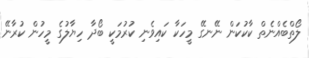
ލޯތްބެއްނެތް ކާކުކަން ނޭނގޭ މީހަކާ ކައިވެނި ކުރުމަކީ ބޯދާ ހިޔާލުގެ މީހުން ކުރާނޭ